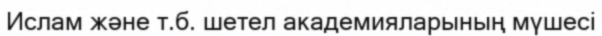
Ислам және т.б. шетел академияларының мүшесі